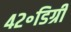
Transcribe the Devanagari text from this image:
४२॰डिग्री